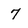
Character: 7